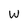
Character: W